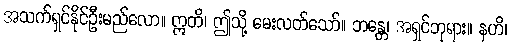
အသက်ရှင်နိုင်ဦးမည်လော။ ဣတိ၊ ဤသို့ မေးလတ်သော်။ ဘန္တေ၊ အရှင်ဘုရား။ နဟိ၊